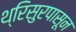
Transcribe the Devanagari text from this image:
थ्रिसुरपासून